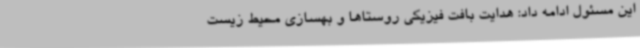
این مسئول ادامه داد: هدایت بافت فیزیکی روستاها و بهسازی محیط زیست